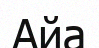
Айа